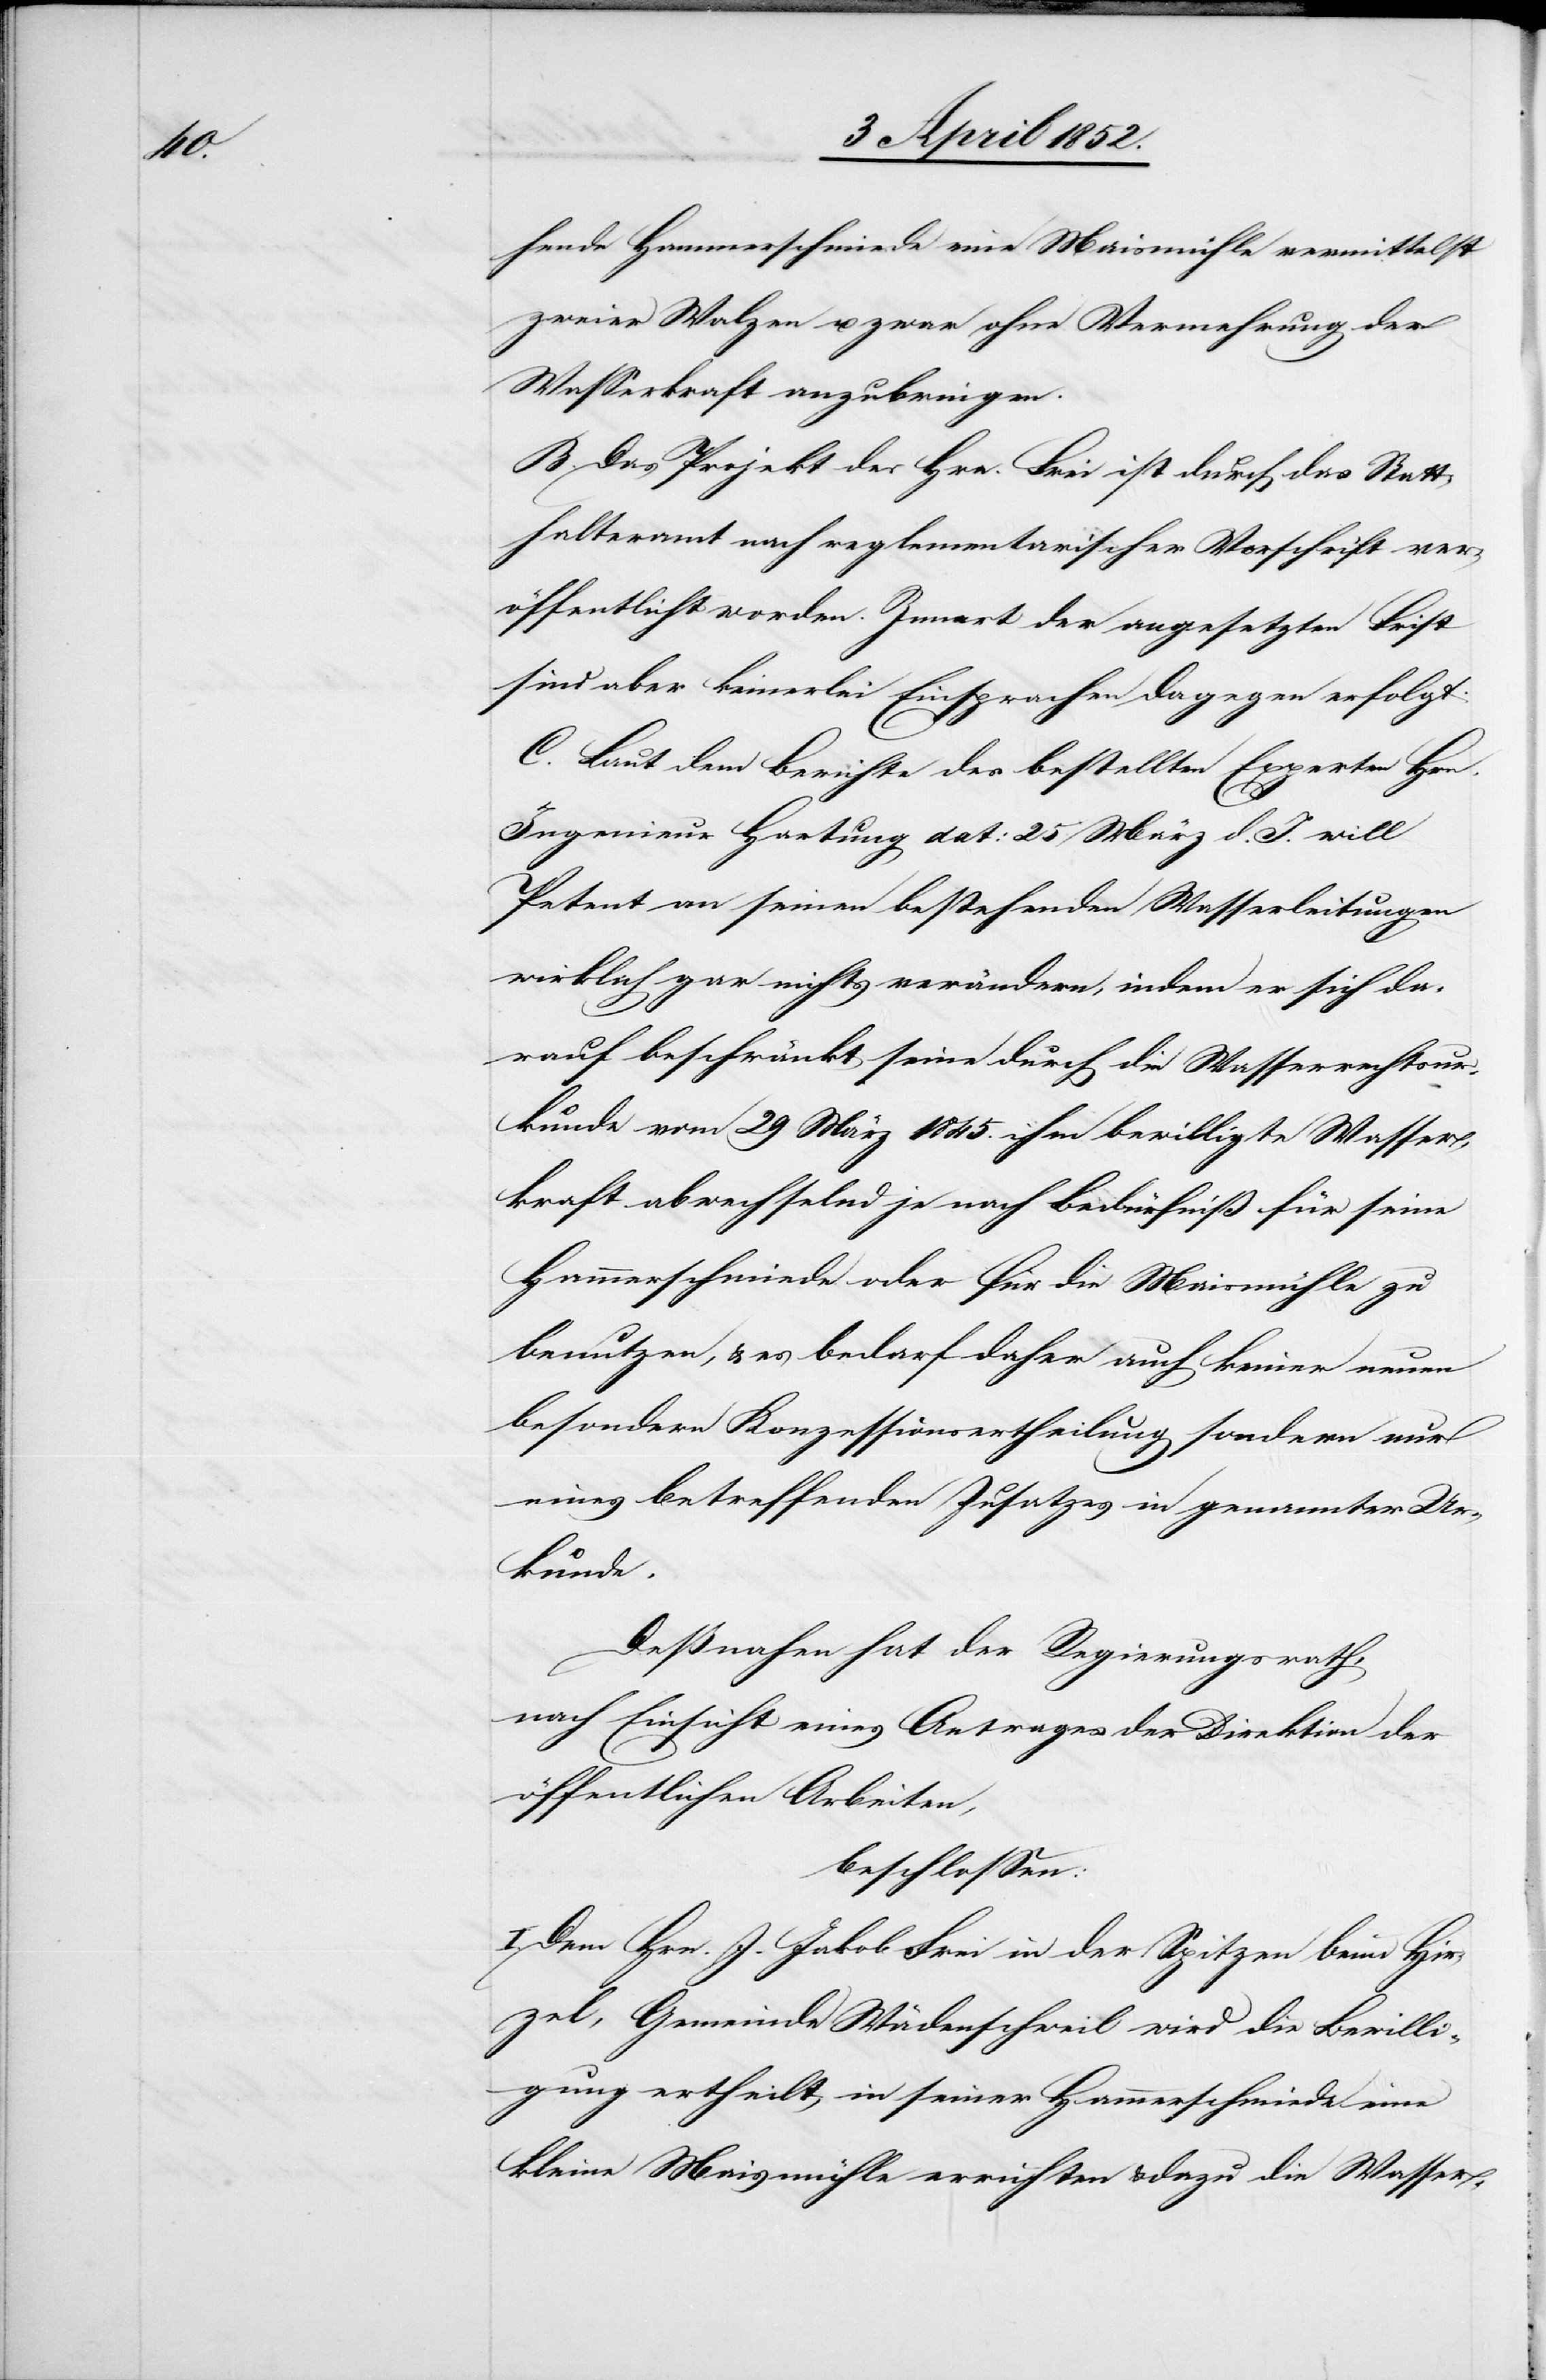
hende Hammerschmiede eine Maismühle vermittelst
zweier Walzen u. zwar ohne Vermehrung der
Wasserkraft anzubringen.
B. Das Projekt des Hrn. Frei ist durch das Statt¬
halteramt nach reglementarischer Vorschrift ver¬
öffentlicht worden. Innert der angesetzten Frist
sind aber keinerlei Einsprachen dagegen erfolgt.
C. Laut dem Berichte des bestellten Experten Hrn.
Ingenieur Hartung dat: 25 März d. J. will
Petent an seinen bestehenden Wasserleitungen
wirklich gar nichts verändern, indem er sich da¬
rauf beschränkt seine durch die Wasserrechtsur¬
kunde vom 29 März 1845. ihm bewilligte Wasser¬
kraft abwechselnd je nach Bedürfniß für seine
Hammerschmiede oder für die Maismühle zu
benutzen, & es bedarf daher auch keiner neuen
besondern Konzessionsertheilung sondern nur
eines betreffenden Zusatzes in genannter Ur¬
kunde.
Deßnahen hat der Regierungsrath,
nach Einsicht eines Antrages der Direktion der
öffentlichen Arbeiten,
beschlossen:
I. Dem Hrn. J. Jakob Frei in der Spitzen beim Hir¬
zel, Gemeinde Wädenschweil wird die Bewilli¬
gung ertheilt, in seiner Hammerschmiede eine
kleine Maismühle errichten & dazu die Wasser-